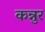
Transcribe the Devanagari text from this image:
कन्नुर